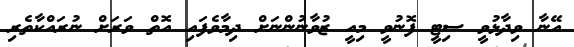
އޭނާ ވިދާޅުވީ ސިޓީ ފޮނުވީ މިއީ ޒުވާނުންނަށް ދިމާވެފައި އޮތް ވަރަށް ނުރައްކާތެރި